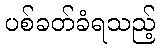
ပစ်ခတ်ခံရသည့်